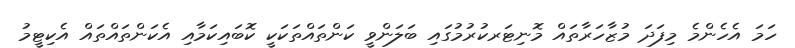
ހަމަ އެހެންމެ މިފަދަ މުޒާހަރާތައް މޮނިޓަރކުރުމުގައި ބަލަންވީ ކަންތައްތަކަކީ ކޮބައިކަމާއި އެކަންތައްތައް އެކިޓީމު